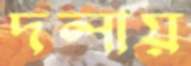
দলায়